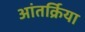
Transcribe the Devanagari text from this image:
आंतर्क्रिया